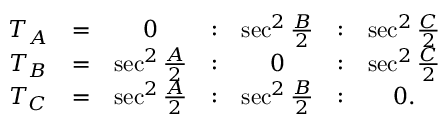
{ \begin{array} { c c c c c c c } { T _ { A } } & { = } & { 0 } & { : } & { \sec ^ { 2 } { \frac { B } { 2 } } } & { : } & { \sec ^ { 2 } { \frac { C } { 2 } } } \\ { T _ { B } } & { = } & { \sec ^ { 2 } { \frac { A } { 2 } } } & { : } & { 0 } & { : } & { \sec ^ { 2 } { \frac { C } { 2 } } } \\ { T _ { C } } & { = } & { \sec ^ { 2 } { \frac { A } { 2 } } } & { : } & { \sec ^ { 2 } { \frac { B } { 2 } } } & { : } & { 0 . } \end{array} }